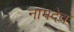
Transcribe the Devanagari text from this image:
नांमदेव